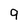
Character: 9